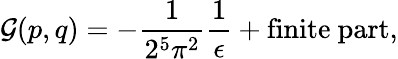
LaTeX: {\cal G}(p,q)=-\frac{1}{2^{5}\pi^{2}}\frac{1}{\epsilon}+\mathrm{finite~part},